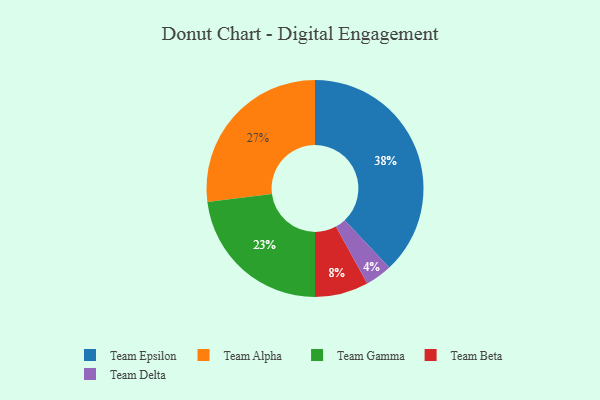
{"axis": {"x": "Category", "y": "Percentage"}, "legend": ["Team Alpha", "Team Beta", "Team Delta", "Team Epsilon", "Team Gamma"], "data": [{"x": "Team Alpha", "y": 27, "type": "Team Alpha"}, {"x": "Team Delta", "y": 4, "type": "Team Delta"}, {"x": "Team Epsilon", "y": 38, "type": "Team Epsilon"}, {"x": "Team Beta", "y": 8, "type": "Team Beta"}, {"x": "Team Gamma", "y": 23, "type": "Team Gamma"}]}